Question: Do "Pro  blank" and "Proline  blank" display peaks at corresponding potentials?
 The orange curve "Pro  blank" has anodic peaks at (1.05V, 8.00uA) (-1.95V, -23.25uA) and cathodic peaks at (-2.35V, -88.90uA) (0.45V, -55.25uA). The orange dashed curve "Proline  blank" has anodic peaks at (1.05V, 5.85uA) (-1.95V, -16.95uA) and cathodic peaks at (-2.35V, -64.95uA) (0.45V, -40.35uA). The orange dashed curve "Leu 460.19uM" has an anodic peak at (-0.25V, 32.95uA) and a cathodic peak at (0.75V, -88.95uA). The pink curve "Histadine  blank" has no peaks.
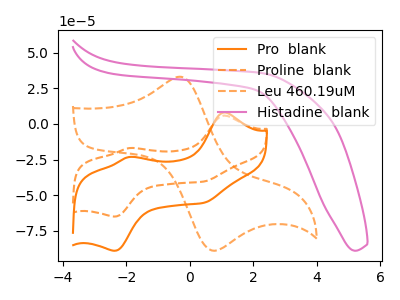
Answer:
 <answer>Yes, "Pro  blank" have a peak in "Proline  blank" at the same potential.</answer>
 <eval>match</eval>